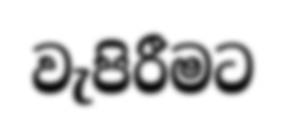
වැපිරීමට